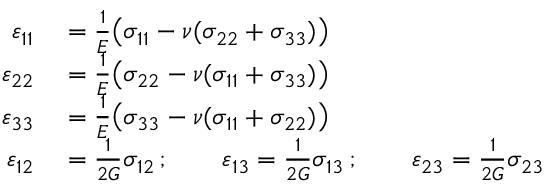
\begin{array} { r l } { \varepsilon _ { 1 1 } } & { { } = { \frac { 1 } { E } } { \big ( } \sigma _ { 1 1 } - \nu ( \sigma _ { 2 2 } + \sigma _ { 3 3 } ) { \big ) } } \\ { \varepsilon _ { 2 2 } } & { { } = { \frac { 1 } { E } } { \big ( } \sigma _ { 2 2 } - \nu ( \sigma _ { 1 1 } + \sigma _ { 3 3 } ) { \big ) } } \\ { \varepsilon _ { 3 3 } } & { { } = { \frac { 1 } { E } } { \big ( } \sigma _ { 3 3 } - \nu ( \sigma _ { 1 1 } + \sigma _ { 2 2 } ) { \big ) } } \\ { \varepsilon _ { 1 2 } } & { { } = { \frac { 1 } { 2 G } } \sigma _ { 1 2 } \, ; \qquad \varepsilon _ { 1 3 } = { \frac { 1 } { 2 G } } \sigma _ { 1 3 } \, ; \qquad \varepsilon _ { 2 3 } = { \frac { 1 } { 2 G } } \sigma _ { 2 3 } } \end{array}